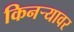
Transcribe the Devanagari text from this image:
किनऱ्यावर